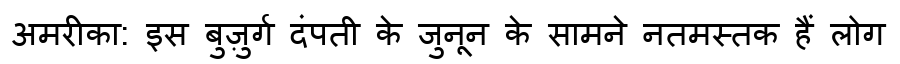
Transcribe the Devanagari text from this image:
अमरीका: इस बुज़ुर्ग दंपती के जुनून के सामने नतमस्तक हैं लोग